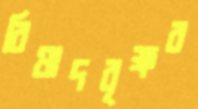
বিষাদবৃক্ষর